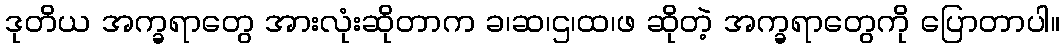
ဒုတိယ အက္ခရာတွေ အားလုံးဆိုတာက ခ၊ဆ၊ဌ၊ထ၊ဖ ဆိုတဲ့ အက္ခရာတွေကို ပြောတာပါ။